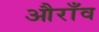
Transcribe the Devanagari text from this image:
औराँव